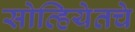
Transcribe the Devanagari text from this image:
सोव्हियेतचे